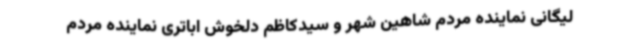
لیگانی نماینده مردم شاهین شهر و سیدکاظم دلخوش اباتری نماینده مردم